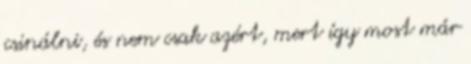
csinálni, és nem csak azért, mert így most már